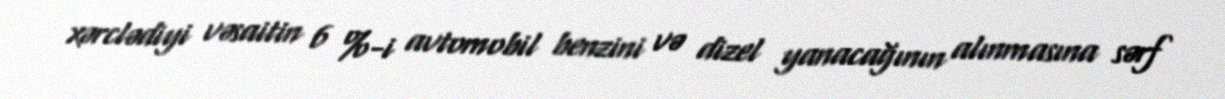
xərclədiyi vəsaitin 6 %-i avtomobil benzini və dizel yanacağının alınmasına sərf